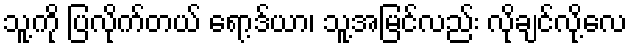
သူ့ကို ပြလိုက်တယ် ရော့ဒ်ယာ၊ သူ့အမြင်လည်း လိုချင်လို့လေ